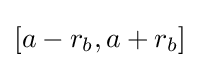
{\textstyle [a-r_{b},a+r_{b}]}